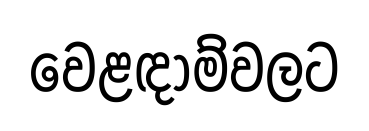
වෙළඳාම්වලට